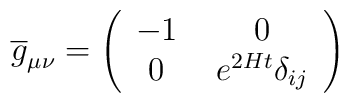
\overline{g}_{\mu\nu}=\left(\begin{array}{cc}   -1\,&\,0\\   0\,&\,e^{2Ht}\delta_{ij}   \end{array}\right)